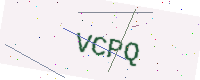
Text: VCPQ